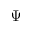
\Psi